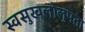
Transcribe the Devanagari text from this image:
स्वसुखलोलुपता